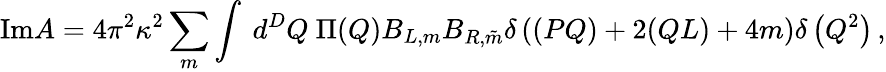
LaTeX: \mathrm{Im}A=4\pi^{2}\kappa^{2}\sum_{m}\int~d^{D}Q~\Pi(Q)B_{L,m}B_{R,\tilde{m}}\delta\left((PQ)+2(QL)+4m\right)\delta\left(Q^{2}\right)\, ,